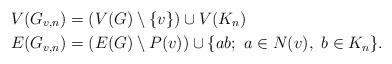
LaTeX: \begin{align*}V(G_{v,n}) & =(V(G)\setminus\{v\}) \cup V(K_n)\\E(G_{v,n}) & = (E(G)\setminus P(v)) \cup \{ab ; \ a\in N(v), \ b\in K_n\}.\end{align*}